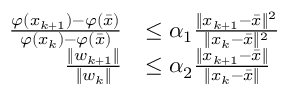
\begin{array} { r l } { \frac { \varphi ( x _ { k + 1 } ) - \varphi ( \bar { x } ) } { \varphi ( x _ { k } ) - \varphi ( \bar { x } ) } } & { \leq \alpha _ { 1 } \frac { \| x _ { k + 1 } - \bar { x } \| ^ { 2 } } { \| x _ { k } - \bar { x } \| ^ { 2 } } } \\ { \frac { \| w _ { k + 1 } \| } { \| w _ { k } \| } } & { \leq \alpha _ { 2 } \frac { \| x _ { k + 1 } - \bar { x } \| } { \| x _ { k } - \bar { x } \| } } \end{array}